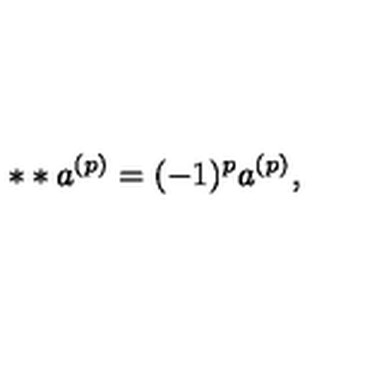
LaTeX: * * a ^ { ( p ) } = ( - 1 ) ^ { p } a ^ { ( p ) } ,